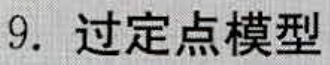
9. 过定点模型